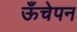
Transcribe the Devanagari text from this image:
ऊँचेपन